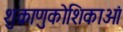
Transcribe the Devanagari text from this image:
शुक्राणुकोशिकाओं